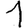
Digit: 1